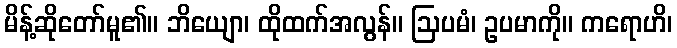
မိန့်ဆိုတော်မူ၏။ ဘိယျော၊ ထိုထက်အလွန်။ ဩပမံ၊ ဥပမာကို။ ကရောဟိ၊